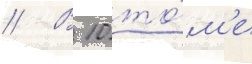
// В 10 то́м'е